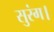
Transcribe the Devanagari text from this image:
सुरंग।